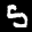
Label: 5